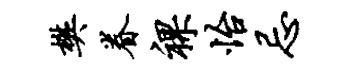
樊眷裸怡忌